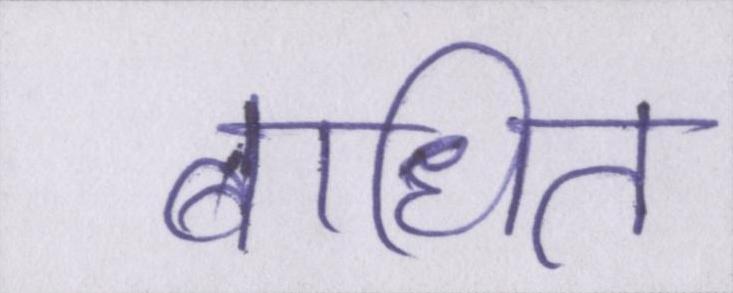
बाधित